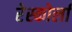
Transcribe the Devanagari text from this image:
रेस्कोर्ला